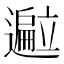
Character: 𬩢